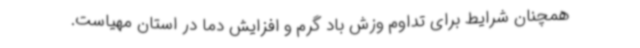
همچنان شرایط برای تداوم وزش باد گرم و افزایش دما در استان مهیاست.